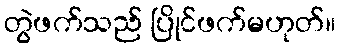
တွဲဖက်သည် ပြိုင်ဖက်မဟုတ်။